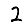
Digit: 2